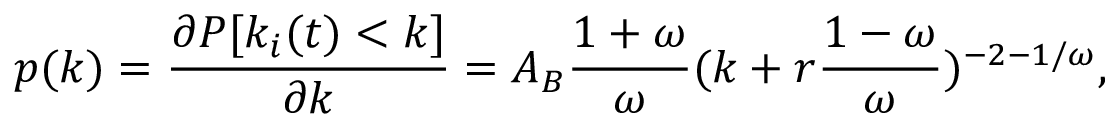
p ( k ) = \frac { \partial P [ k _ { i } ( t ) < k ] } { \partial k } = A _ { B } \frac { 1 + \omega } { \omega } ( k + r \frac { 1 - \omega } { \omega } ) ^ { - 2 - 1 / \omega } ,